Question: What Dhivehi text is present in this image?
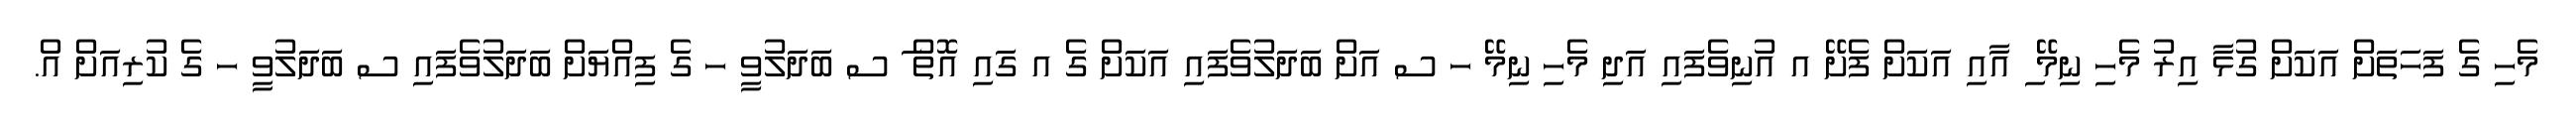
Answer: މެހި ގެ ފަހަތަށް އަކަށް ގުޅާ އިރު މެހި ނިމޭ ި އާއި އަކަށް ފެށޭ އ އުނިވެފައި އަދި މެހި ނިމޭ ހ ސ އަށް ބަދަލުވެފައި އަކަށް ގެ އ ގައި އޮތް ަ ސ ބަދަލުވީ ހ ގެ ފިއްޔަށް ބަދަލުވެފައި ސ ބަދަލުވީ ހ ގެ ކުރިއަށް އް.